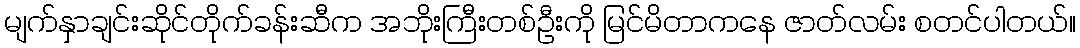
မျက်နှာချင်းဆိုင်တိုက်ခန်းဆီက အဘိုးကြီးတစ်ဦးကို မြင်မိတာကနေ ဇာတ်လမ်း စတင်ပါတယ်။